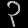
Digit: ၃